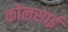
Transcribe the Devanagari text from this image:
कोलसाई